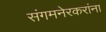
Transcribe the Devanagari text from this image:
संगमनेरकरांना